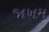
જાખમ